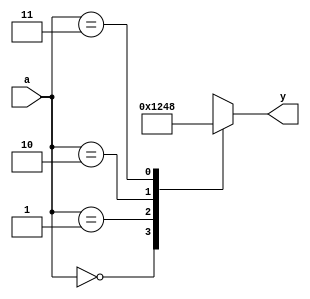
`timescale 1ns/1ns

module dec(a, y);
	input  [1:0] a;
	output [3:0] y;
	reg    [3:0] y;
	
	always@(a) begin
		case(a)
			2'b00 :  y <= 4'b0001;
			2'b01 :  y <= 4'b0010;
			2'b10 :  y <= 4'b0100;
			2'b11 :  y <= 4'b1000;
			default: y <= 4'bxxxx;
		endcase
	end
	
endmodule